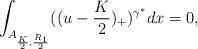
LaTeX: \begin{align*}\int_{A_{\frac{K}{2}, \frac{R_1}{2}}}(( u-\frac{K}{2})_{+})^{\gamma^{*}}dx = 0,\end{align*}